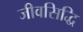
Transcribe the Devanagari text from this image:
जीवसिद्धि